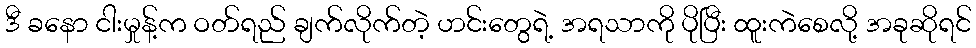
ဒီ ခနော ငါးမှုန့်က ဝတ်ရည် ချက်လိုက်တဲ့ ဟင်းတွေရဲ့ အရသာကို ပိုပြီး ထူးကဲစေလို့ အခုဆိုရင်